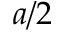
a / 2